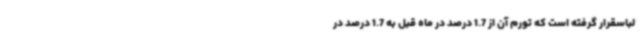
لباسقرار گرفته است که تورم آن از 1.7 درصد در ماه قبل به 1.7 درصد در